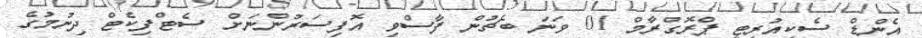
އެންޑް ސެކިއުރިޓީ ޕްރޮގްރާމް 01 ވަނަ ބެޗުން ފާސްވި އޮފިސަރުންނަށް ސެޓްފިކެޓް ދިނުމުގެ